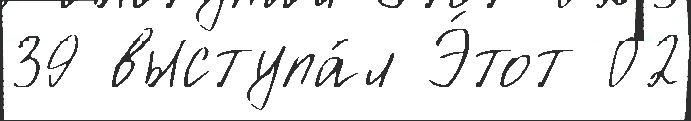
39 выступа́л Э́тот 02